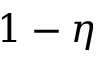
1 - \eta